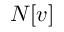
N [ v ]